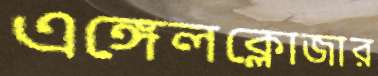
এঙ্গেলক্লোজার